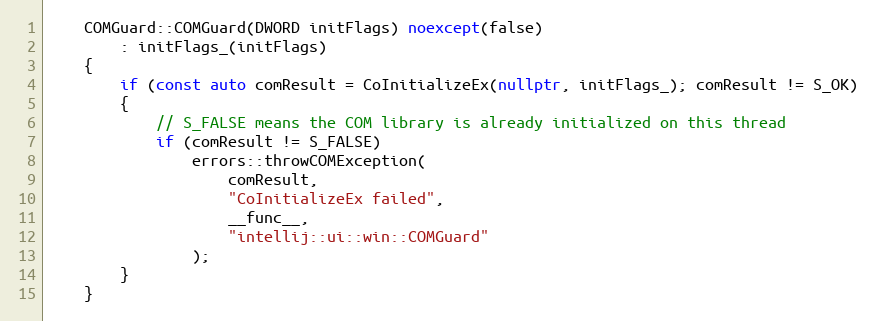
Language: C++
    COMGuard::COMGuard(DWORD initFlags) noexcept(false)
        : initFlags_(initFlags)
    {
        if (const auto comResult = CoInitializeEx(nullptr, initFlags_); comResult != S_OK)
        {
            // S_FALSE means the COM library is already initialized on this thread
            if (comResult != S_FALSE)
                errors::throwCOMException(
                    comResult,
                    "CoInitializeEx failed",
                    __func__,
                    "intellij::ui::win::COMGuard"
                );
        }
    }